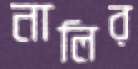
নালির